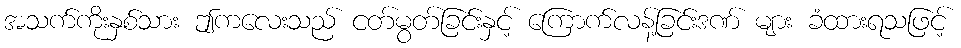
အသက်ကိုးနှစ်သား ဤကလေးသည် ငတ်မွတ်ခြင်းနှင့် ကြောက်လန့်ခြင်းဒဏ် များ ခံထားရသဖြင့်